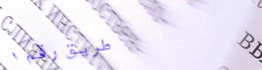
طريق رقم ١